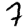
Digit: 7